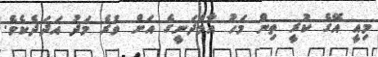
މިއީ އޭގެ ކުރީ ތިން މަހު އާމްދަނީގެ އަށް ވުރެ މަދު އަދަދެކެވެ.